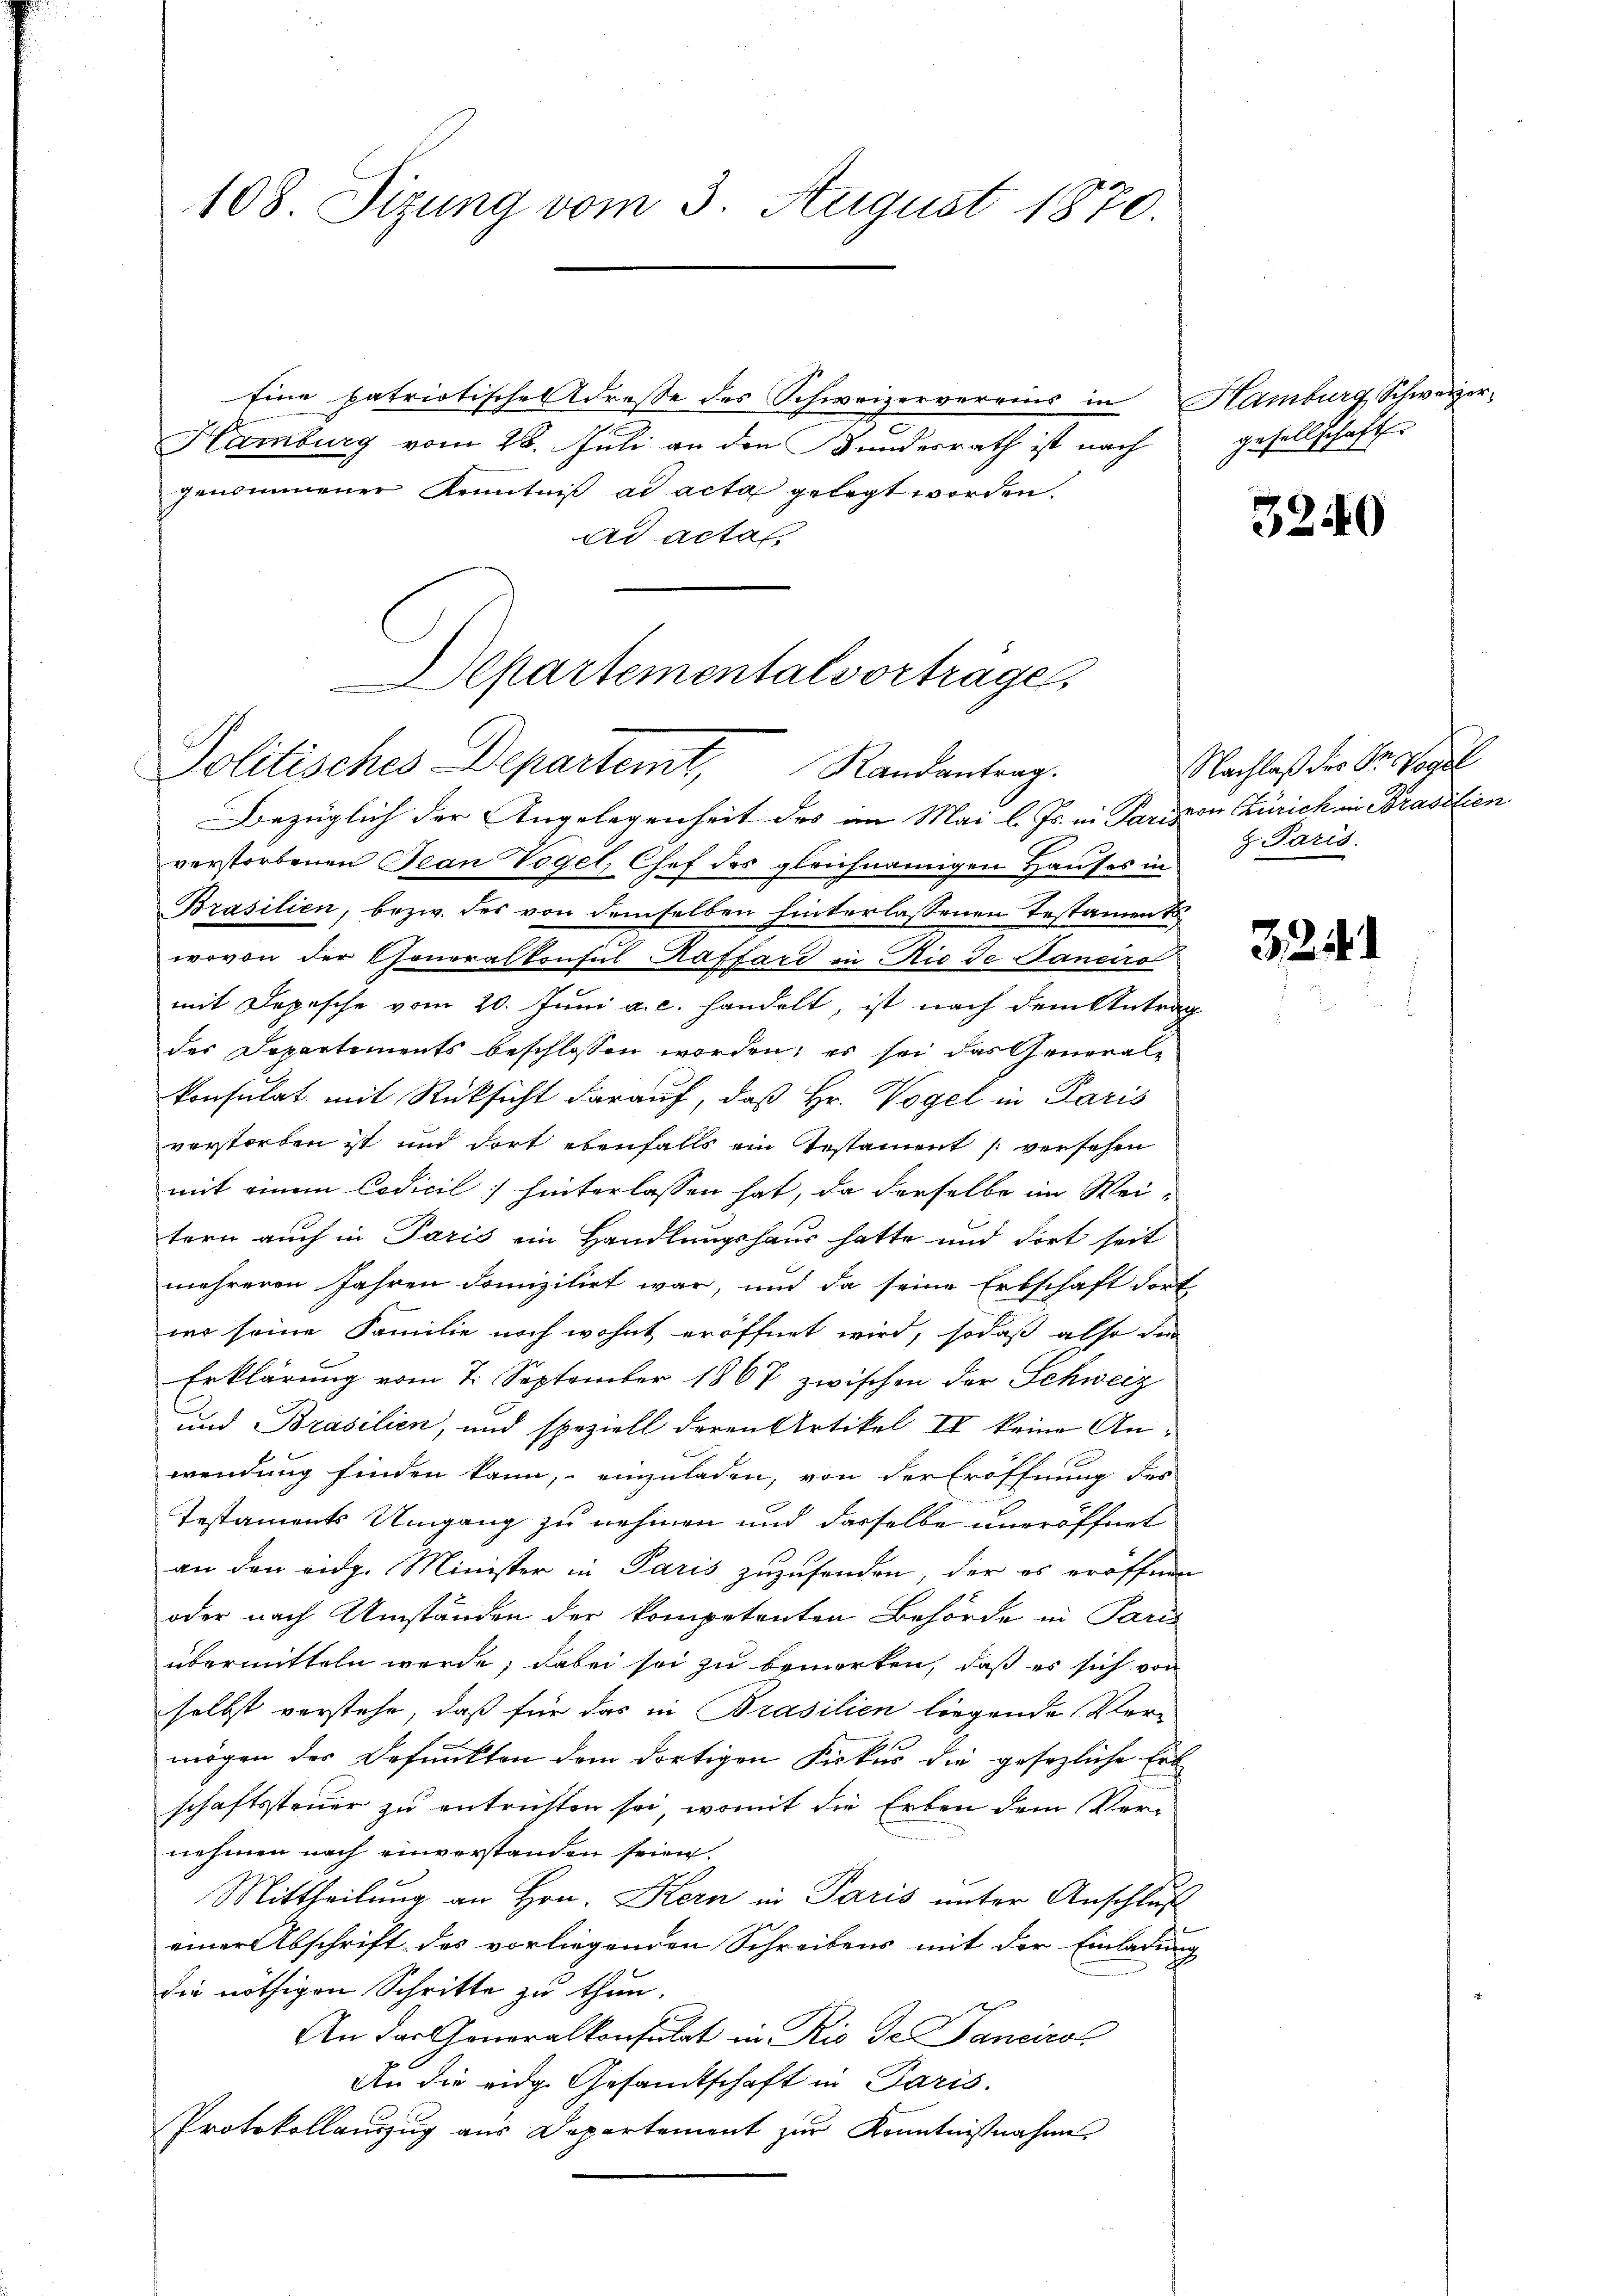
108. Sizung vom 3. August 1870.

Eine patriotische Adresse des Schweizervereins in
Hamburg vom 26. Juli an den Kundesrath ist nach
genommener Kenntniß ad acta gelegt worden.
ad acta

Departemental vortrage
Politisches Departemt, Randantrag.
Bezüglich der Angelegenheit des an Mai l. Js. in Parixon Zürich in Brasilien

verstorbenen Bean Vogel, Chef des gleichnamigen Hauses in 3 Paris
Brasilien, bezw. der von demselben hinterlassenen Testamen t
wovon der Generalkonsul Raffard in Rio de Janeiro
mit Depesche vom 20. Juni a. c. handelt, ist nach dem Antrag
des Departements beschlossen worden; es sei das Generale
konsulat mit Rücksicht darauf, daß Hr. Vogel in Paris
verstorben ist und dort ebenfalls ein Testament versehen
mit einem Codicil] hinterlassen hat, da derselbe im Wei-
tern auch in Paris ein Handlungshaus hatte und dort seit
mehreren Jahren domizilirt war, und da seine Erbschaft dort
wo seine Familie noch wohnt eröffnet wird, sodaß also der
Erklärung vom 7. September 1867 zwischen der Schweiz
und Brasilien, und speziell deren Artikel II keine Anwendung finden kann, einzuladen, von der Eröffnung des
Testaments Umgang zu nehmen und dasselbe uneröffnet
an den eidg. Minister in Paris zuzufenden, der es eröffnen
oder nach Umständen der kompetenten Behörde in Paris
übermitteln werde; dabei sei zu bemerken, daß es sich von
selbst verstehe, daß für das in Brasilien liegende Ver-
mögen der Defunkten dem dortigen Fiskus die gesezliche Erk
schaftssteuer zu entrichten sei, womit die Erben dem Vernehmen nach einverstanden seien.
Mittheilung an Hrn. Kern in Paris unter Anschluß
einer Abschrift des vorliegenden Schreibens mit der Einladung
die nöthigen Schritte zu thun.
An das Generalkonsulat in Rio de Pancirol
An die eidg. Gesandtschaft in Paris.
Protokollauszug aus Departement zur Kenntnißnahme

Hamburg Schweizer,
gesellschaft

3240

Nachlaß des Dr Vogel

32